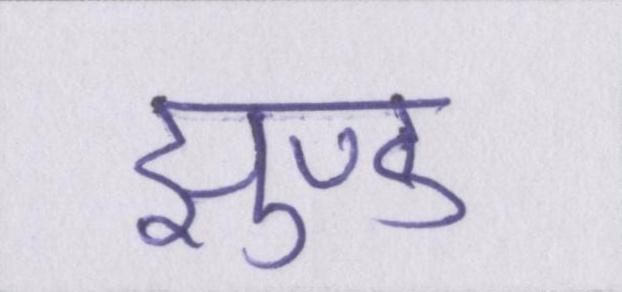
झुण्ड